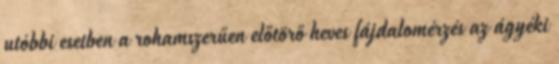
utóbbi esetben a rohamszerűen előtörő heves fájdalomérzés az ágyéki